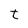
Character: t